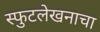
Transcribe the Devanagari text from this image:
स्फुटलेखनाचा